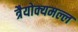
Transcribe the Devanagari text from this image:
त्रैयोक्यमल्ल